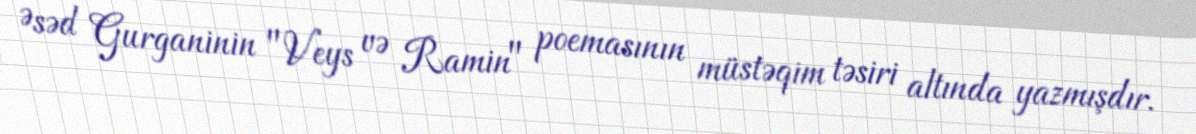
Əsəd Gurganinin "Veys və Ramin" poemasının müstəqim təsiri altında yazmışdır.